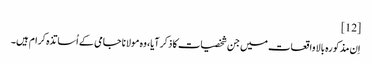
[12]
اِن مذکورہ بالا واقعات میں جن شخصیات کا ذکر آیا، وہ مولانا جامی کے اُساتذہ کرام ہیں۔